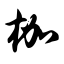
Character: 枷